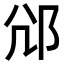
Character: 𨚂